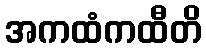
အကထံကထီတိ